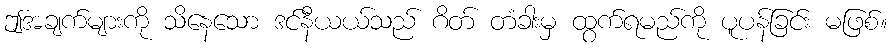
ဤအချက်များကို သိနေသော ဒင်နီယယ်သည် ဂိတ် တံခါးမှ ထွက်ရမည်ကို ပူပန်ခြင်း မဖြစ်။